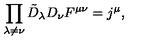
\prod _ { \lambda \ne \nu } \tilde { D } _ { \lambda } D _ { \nu } F ^ { \mu \nu } = j ^ { \mu } ,